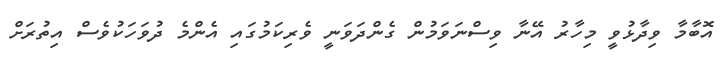
އޮބާމާ ވިދާޅުވީ މިހާރު އޭނާ ވިސްނަވަމުން ގެންދަވަނީ ވެރިކަމުގައި އެންމެ ދުވަހަކުވެސް އިތުރަށް